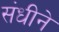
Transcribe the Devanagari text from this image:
संधीने